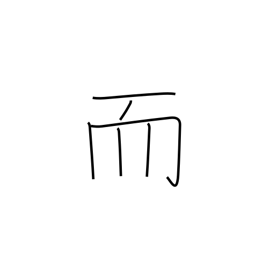
Meaning: and then